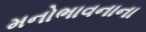
મનોભાવનાના